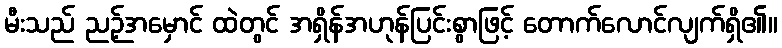
မီးသည် ညဉ့်အမှောင် ထဲတွင် အရှိန်အဟုန်ပြင်းစွာဖြင့် တောက်လောင်လျက်ရှိ၏။